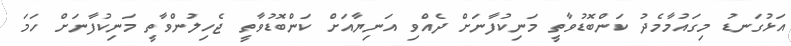
އަޅުގަނޑު މިގައުމާމެދު ކަންބޮޑުވާތީ މަނިކުފާނަށް ދެއްވި އަނިޔާއަށް ކަންބޮޑުވާތީ ޖެހިލުންވާތީ މަނިކުފާނަށް ހަމަ